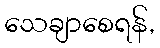
သေချာစေရန်,